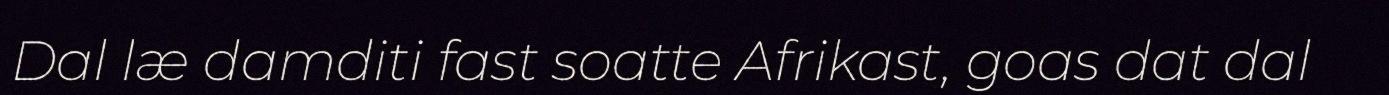
Dal læ damditi fast soatte Afrikast, goas dat dal